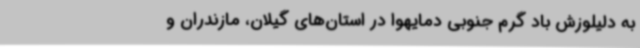
به‌ دلیلوزش باد گرم جنوبی دمایهوا در استان‌های گیلان، مازندران و